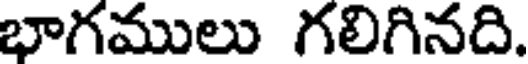
భాగములు గలిగినది.